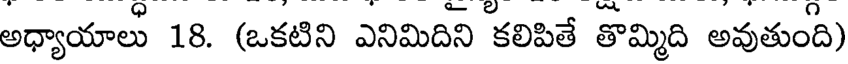
అధ్యాయాలు 18. (ఒకటిని ఎనిమిదిని కలిపితే తొమ్మిది అవుతుంది)